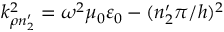
k _ { \rho n _ { 2 } ^ { \prime } } ^ { 2 } = \omega ^ { 2 } \mu _ { 0 } \varepsilon _ { 0 } - ( n _ { 2 } ^ { \prime } \pi / h ) ^ { 2 }